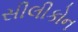
સીલીકોન